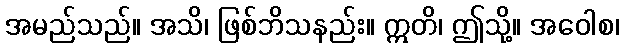
အမည်သည်။ အသိ၊ ဖြစ်ဘိသနည်း။ ဣတိ၊ ဤသို့။ အဝေါစ၊